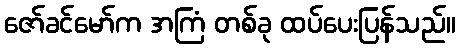
ဇော်ခင်မော်က အကြံ တစ်ခု ထပ်ပေးပြန်သည်။